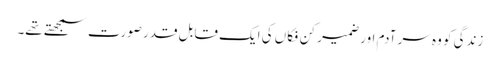
زندگی کو وہ سر آدم اور ضمیر کن فکاں کی ایک قابل قدر صورت سمجھتے تھے۔